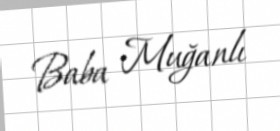
Baba Muğanlı